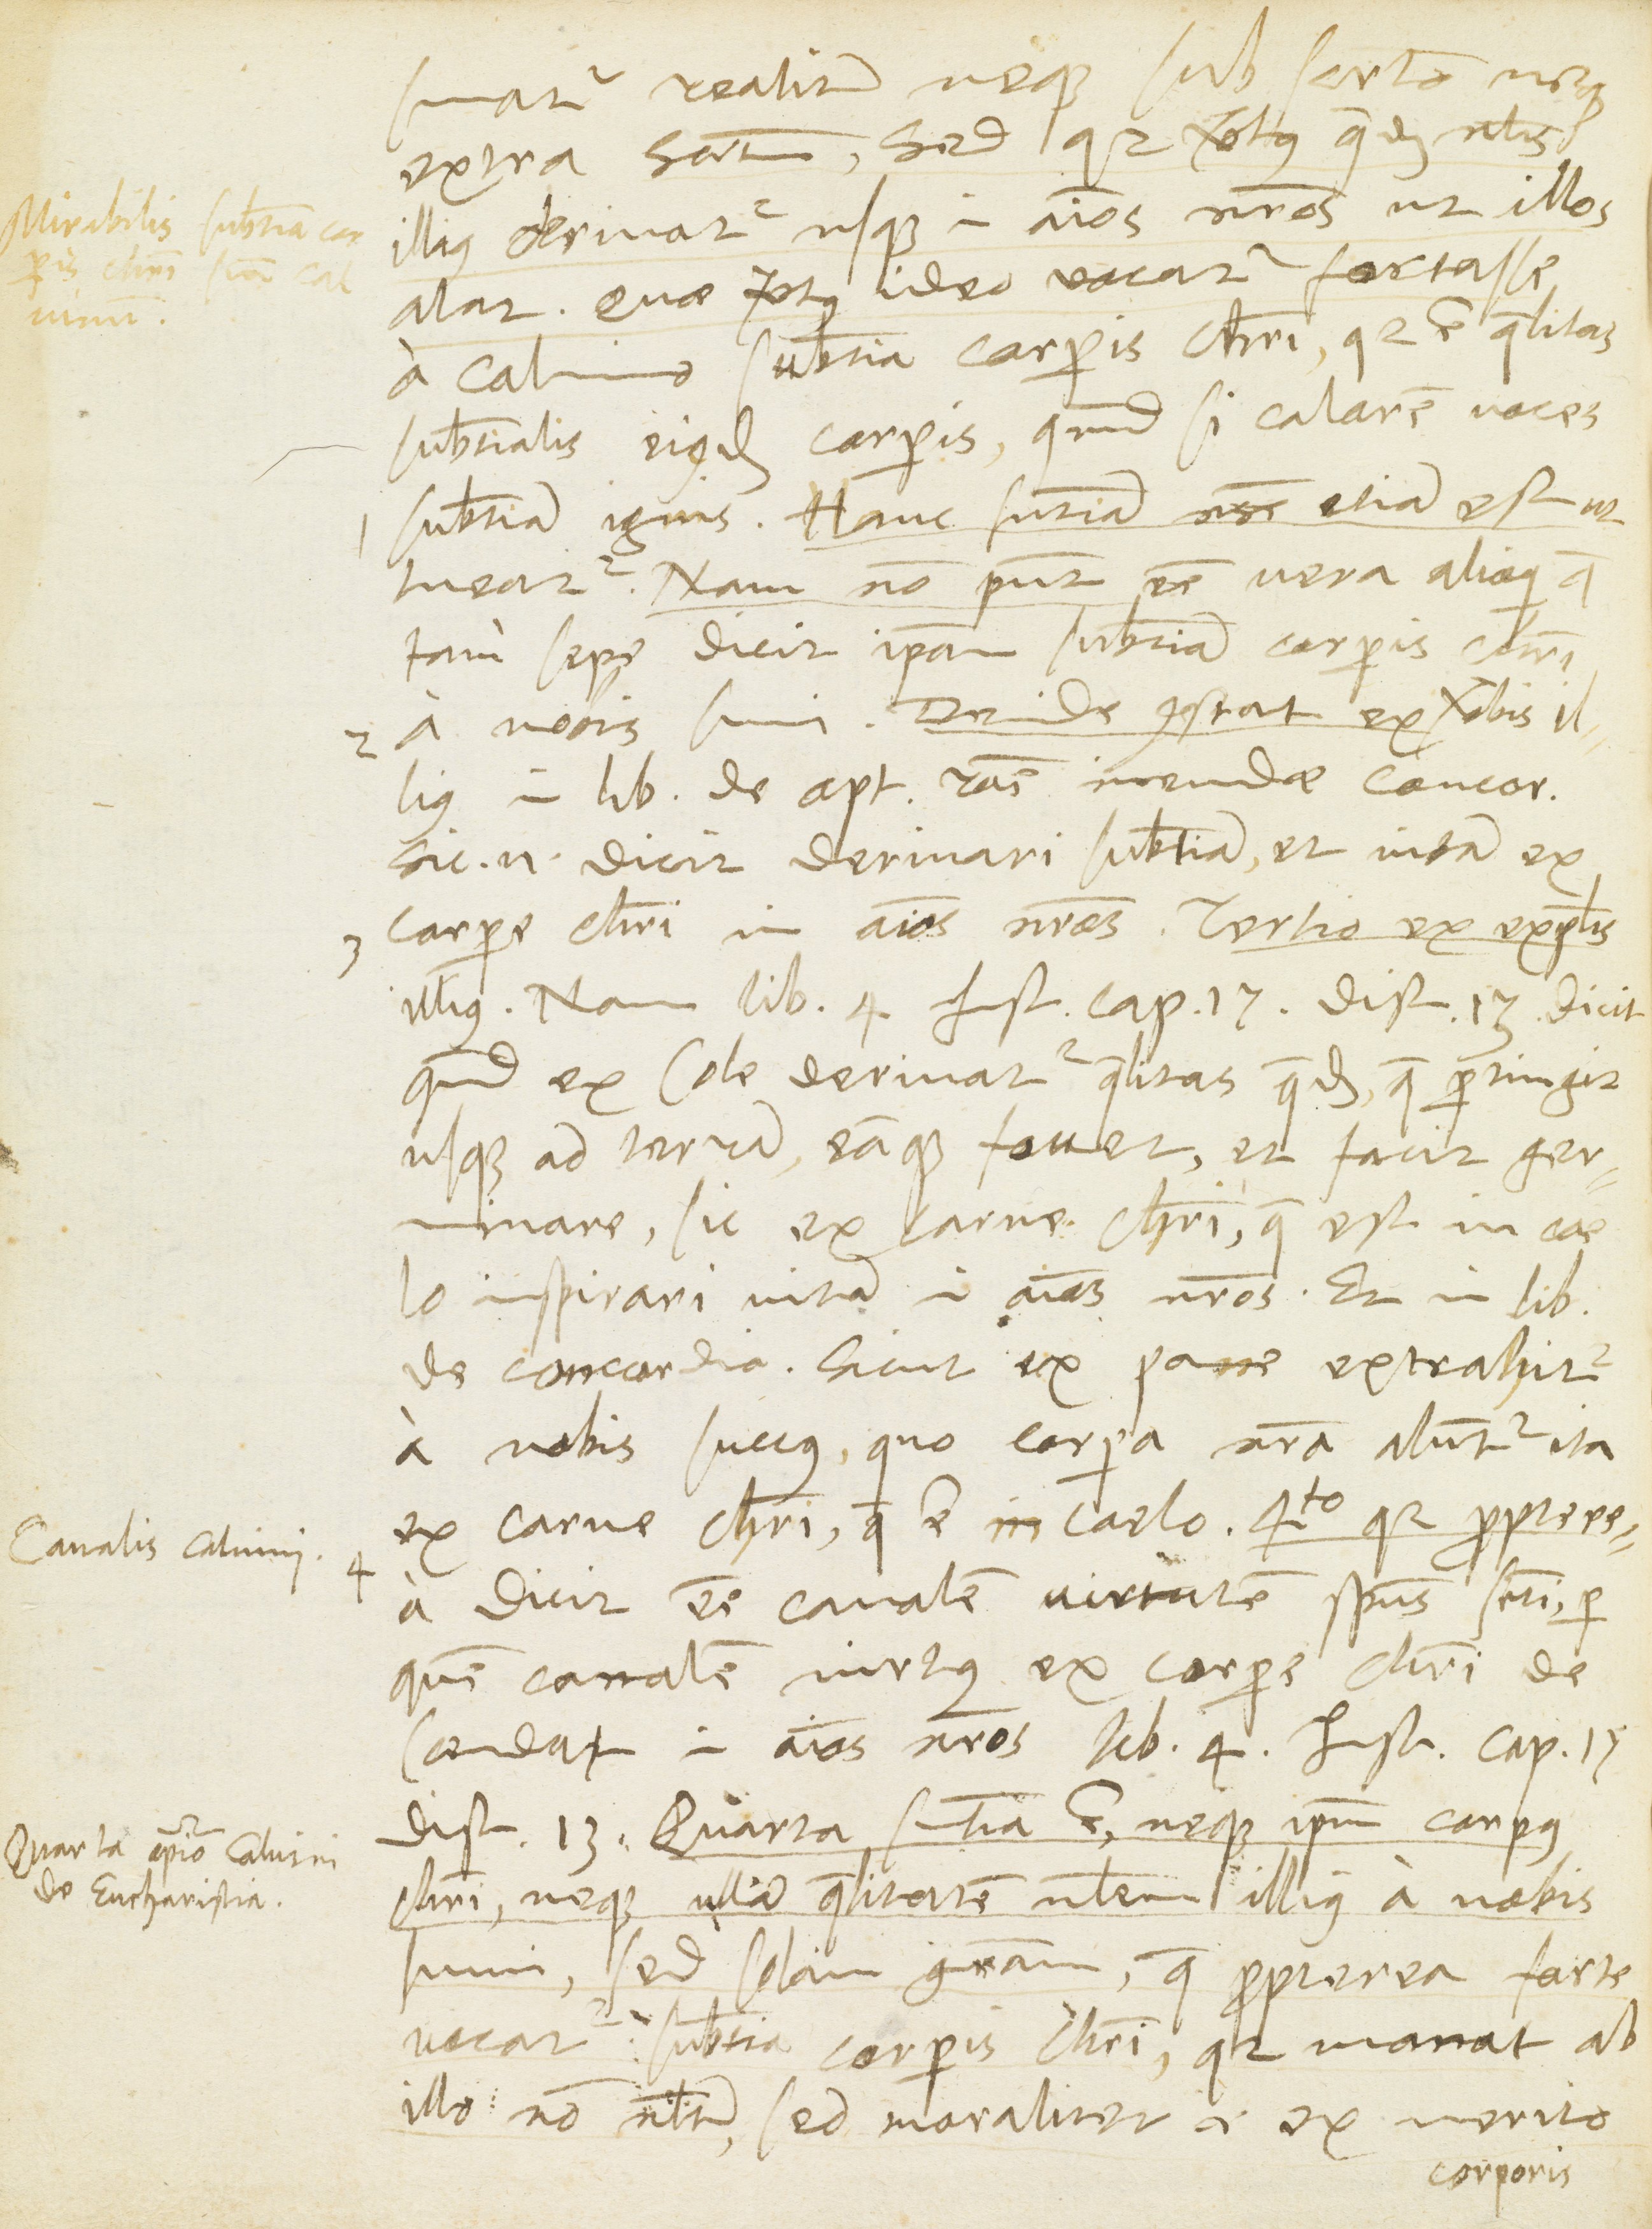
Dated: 1568–1568